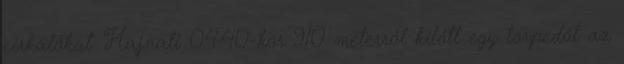
cirkálókat. Hajnali 04:40-kor 910 méterről kilőtt egy torpedót az